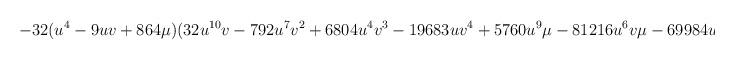
LaTeX: \begin{align*}-32(u^4 -9uv+864\mu )(32u^{10}v-792u^7 v^2 +6804u^4 v^3 - 19683uv^4 +5760u^9 \mu -81216u^6 v\mu -69984u^3 v^2 \mu\end{align*}